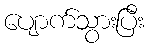
ပျောက်သွားပြီး